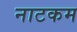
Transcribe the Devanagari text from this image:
नाटकम